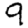
Digit: 9